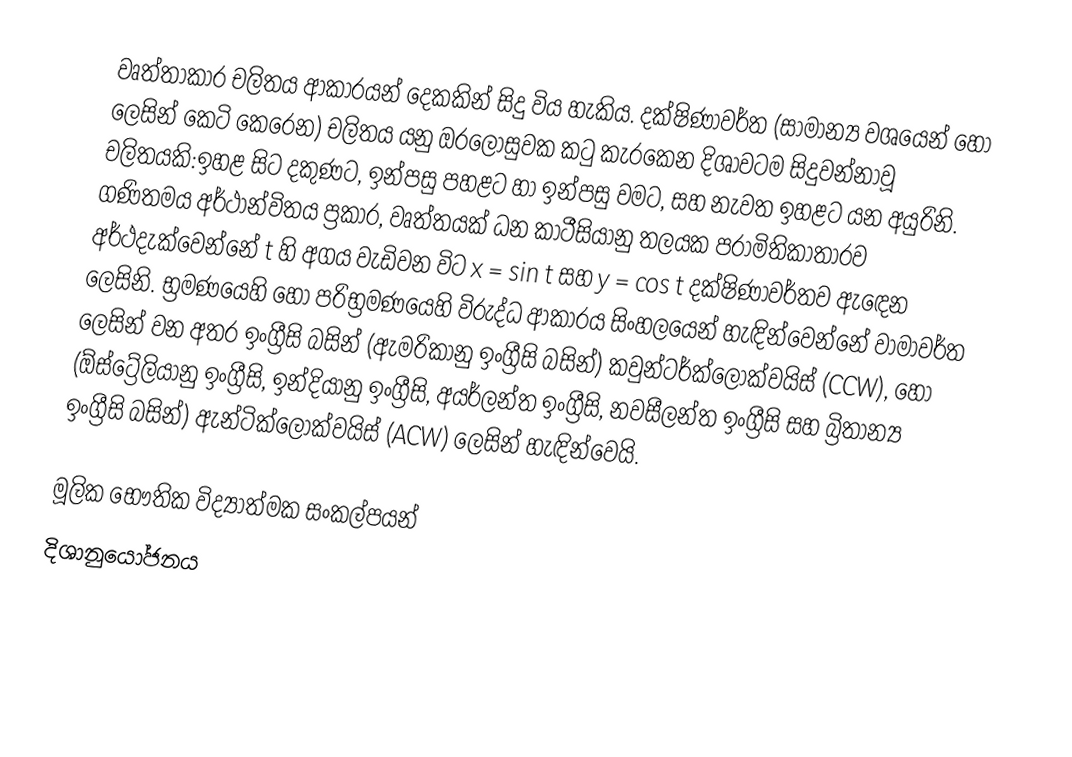
වෘත්තාකාර චලිතය ආකාරයන් දෙකකින් සිදු විය හැකිය.  දක්ෂිණාවර්ත    (සාමාන්‍ය වශයෙන්   හෝ   ලෙසින් කෙටි කෙරෙන) චලිතය යනු   ඔරලෝසුවක කටු කැරකෙන දිශාවටම සිදුවන්නාවූ චලිතයකි:ඉහළ සිට දකුණට, ඉන්පසු පහළට හා ඉන්පසු වමට, සහ නැවත ඉහළට යන අයුරිනි. ගණිතමය අර්ථාන්විතය ප්‍රකාර, වෘත්තයක් ධන කාටීසියානු තලයක පරාමිතිකාතාරව අර්ථදැක්වෙන්නේ  t හි අගය වැඩිවන විට x = sin t සහ  y = cos t  දක්ෂිණාවර්තව ඇඳෙන ලෙසිනි. භ්‍රමණයෙහි හෝ පරිභ්‍රමණයෙහි විරුද්ධ ආකාරය සිංහලයෙන් හැඳින්වෙන්නේ වාමාවර්ත ලෙසින් වන අතර ඉංග්‍රීසි බසින්  (ඇමරිකානු ඉංග්‍රීසි බසින්) කවුන්ටර්ක්ලොක්වයිස් (CCW), හෝ  (ඕස්ට්‍රේලියානු ඉංග්‍රීසි, ඉන්දියානු ඉංග්‍රීසි, අයර්ලන්ත ඉංග්‍රීසි, නවසීලන්ත ඉංග්‍රීසි සහ  බ්‍රිතාන්‍ය ඉංග්‍රීසි බසින්) ඇන්ටික්ලොක්වයිස් (ACW) ලෙසින් හැඳින්වෙයි.

මූලික භෞතික විද්‍යාත්මක සංකල්පයන්
දිශානුයෝජනය